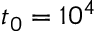
t _ { 0 } = 1 0 ^ { 4 }